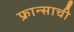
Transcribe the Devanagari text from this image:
फ्रान्साची